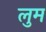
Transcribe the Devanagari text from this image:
लुम